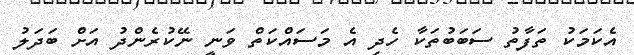
އެކަމަކު ތަފާތު ސަބަބުތަކާ ހެދި އެ މަސައްކަތް ވަނީ ނޭކުރެންދު އަށް ބަދަލު